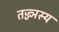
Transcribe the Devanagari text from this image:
तज्ज्ञस्य